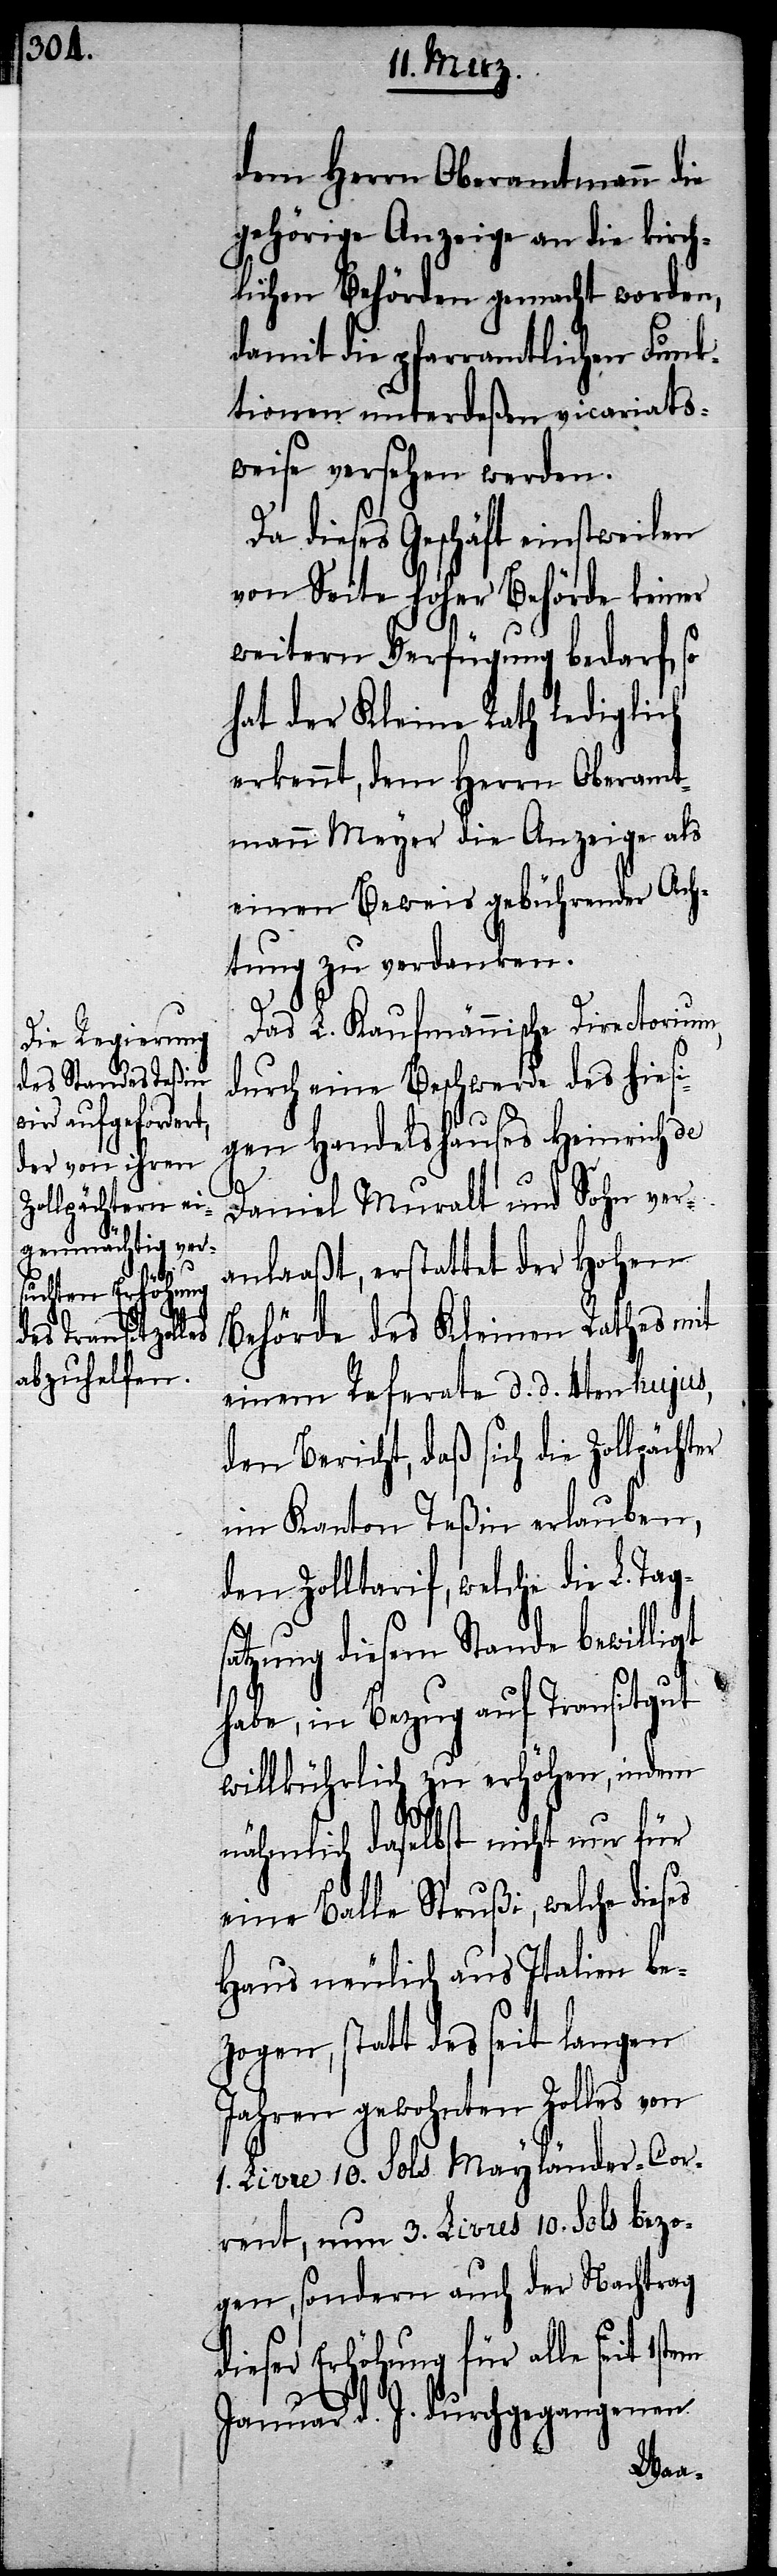
dem Herrn Oberamtmann die
gehörige Anzeige an die kirch¬
lichen Behörden gemacht worden,
damit die pfarramtlichen Funk¬
tionen unterdeßen vicariats¬
weise versehen werden.
Da dieses Geschäft einstweilen
von Seite hoher Behörde keiner
weitern Verfügung bedarf, so
hat der Kleine Rath lediglich
erkennt, dem Herrn Oberamt¬
mann Meyer die Anzeige als
einen Beweis gebührender Ach¬
tung zu verdanken.
Das L. Kaufmännische Directorium,
durch eine Beschwerde des hiesi¬
gen Handelshauses Heinrich de
er
Daniel Muralt und Sohn ver¬
anlaaßt, erstattet der Hohen
Behörde des Kleinen Rathes mit
einem Referate d. d. 4ten hujus,
den Bericht, daß sich die Zollpächt¬
im Kanton Teßin erlauben,
den Zolltarif, welche die L. Tag¬
satzung diesem Stande bewilligt
habe, in Bezug auf Transitgut
willkührlich zu erhöhen, indem
nähmlich daselbst nicht nur für
eine Balle Strußi, welche dieses
Haus neulich aus Italien be¬
zogen, statt des seit langen
Jahren gewohnten Zolles von
1. Livre 10. Sols Mayländer-Cor¬
rent, nun 3. Livres 10. Sols bezo¬
gen, sondern auch der Nachtrag
seit 1sten
Januar d. J. durchgegangenen